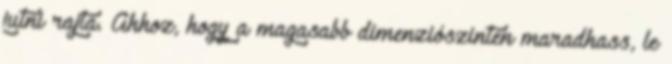
jutni rajta. Ahhoz, hogy a magasabb dimenziószinten maradhass, le